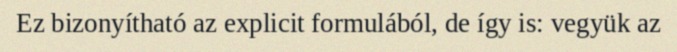
Ez bizonyítható az explicit formulából, de így is: vegyük az